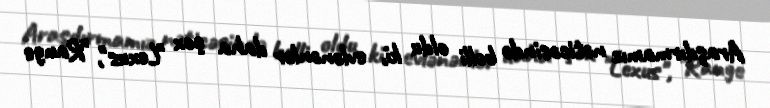
Araşdırmamız nəticəsində bəlli oldu ki, evlənənlər daha çox "Lexus", "Range